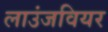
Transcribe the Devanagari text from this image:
लाउंजवियर